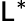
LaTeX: \mathsf{L}^{*}